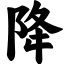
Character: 降